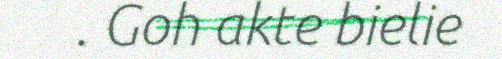
. Goh akte bielie